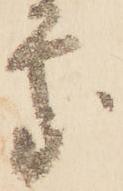
處